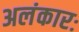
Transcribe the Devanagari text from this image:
अलंकारः